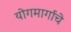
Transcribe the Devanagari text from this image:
योगमार्गाचे